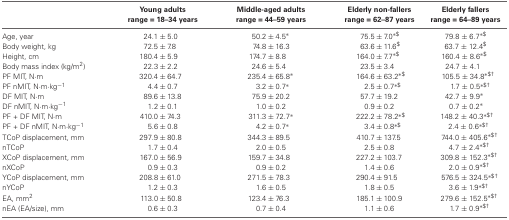
<table><thead><tr><td></td><td><b>Young adultsrange = 18–34 years</b></td><td><b>Middle-aged adultsrange = 44–59 years</b></td><td><b>Elderly non-fallersrange = 62–87 years</b></td><td><b>Elderly fallersrange = 64–89 years</b></td></tr></thead><tbody><tr><td>Age, year</td><td>24.1 ± 5.0</td><td>50.2 ± 4.5<sup>*</sup></td><td>75.5 ± 7.0<sup>*$</sup></td><td>79.8 ± 6.7<sup>*$</sup></td></tr><tr><td>Body weight, kg</td><td>72.5 ± 7.8</td><td>74.8 ± 16.3</td><td>63.6 ± 11.6<sup>$</sup></td><td>63.7 ± 12.4<sup>$</sup></td></tr><tr><td>Height, cm</td><td>180.4 ± 5.9</td><td>174.7 ± 8.8</td><td>164.0 ± 7.7<sup>*$</sup></td><td>160.4 ± 8.6<sup>*$</sup></td></tr><tr><td>Body mass index (kg/m<sup>2</sup>)</td><td>22.3 ± 2.2</td><td>24.6 ± 5.4</td><td>23.5 ± 3.4</td><td>24.7 ± 4.1</td></tr><tr><td>PF MIT, N·m</td><td>320.4 ± 64.7</td><td>235.4 ± 65.8*</td><td>164.6 ± 63.2<sup>*$</sup></td><td>105.5 ± 34.8<sup>*$†</sup></td></tr><tr><td>PF nMIT, N·m·kg<sup>−1</sup></td><td>4.4 ± 0.7</td><td>3.2 ± 0.7*</td><td>2.5 ± 0.7<sup>*$</sup></td><td>1.7 ± 0.5<sup>*$†</sup></td></tr><tr><td>DF MIT, N·m</td><td>89.6 ± 13.8</td><td>75.9 ± 20.2</td><td>57.7 ± 19.2</td><td>42.7 ± 9.9<sup>*</sup></td></tr><tr><td>DF nMIT, N·m·kg<sup>−1</sup></td><td>1.2 ± 0.1</td><td>1.0 ± 0.2</td><td>0.9 ± 0.2</td><td>0.7 ± 0.2<sup>*</sup></td></tr><tr><td>PF + DF MIT, N·m</td><td>410.0 ± 74.3</td><td>311.3 ± 72.7*</td><td>222.2 ± 78.2<sup>*$</sup></td><td>148.2 ± 40.3<sup>*$†</sup></td></tr><tr><td>PF + DF nMIT, N·m·kg<sup>−1</sup></td><td>5.6 ± 0.8</td><td>4.2 ± 0.7*</td><td>3.4 ± 0.8<sup>*$</sup></td><td>2.4 ± 0.6<sup>*$†</sup></td></tr><tr><td>TCoP displacement, mm</td><td>297.9 ± 80.8</td><td>344.3 ± 89.5</td><td>410.7 ± 137.5</td><td>744.0 ± 405.6<sup>*$†</sup></td></tr><tr><td>nTCoP</td><td>1.7 ± 0.4</td><td>2.0 ± 0.5</td><td>2.5 ± 0.8</td><td>4.7 ± 2.4<sup>*$†</sup></td></tr><tr><td>XCoP displacement, mm</td><td>167.0 ± 56.9</td><td>159.7 ± 34.8</td><td>227.2 ± 103.7</td><td>309.8 ± 152.3<sup>*$†</sup></td></tr><tr><td>nXCoP</td><td>0.9 ± 0.3</td><td>0.9 ± 0.2</td><td>1.4 ± 0.6</td><td>2.0 ± 0.9<sup>*$†</sup></td></tr><tr><td>YCoP displacement, mm</td><td>208.8 ± 61.0</td><td>271.5 ± 78.3</td><td>290.4 ± 91.5</td><td>576.5 ± 324.5<sup>*$†</sup></td></tr><tr><td>nYCoP</td><td>1.2 ± 0.3</td><td>1.6 ± 0.5</td><td>1.8 ± 0.5</td><td>3.6 ± 1.9<sup>*$†</sup></td></tr><tr><td>EA, mm<sup>2</sup></td><td>113.0 ± 50.8</td><td>123.4 ± 76.3</td><td>185.1 ± 100.9</td><td>279.6 ± 152.5<sup>*$†</sup></td></tr><tr><td>nEA (EA/size), mm</td><td>0.6 ± 0.3</td><td>0.7 ± 0.4</td><td>1.1 ± 0.6</td><td>1.7 ± 0.9<sup>*$†</sup></td></tr></tbody></table>